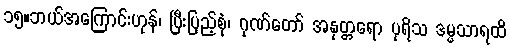
၁၅။ဘယ်အကြောင်းဟုန်၊ ပြီးပြည့်စုံ၊ ဂုဏ်တော် အနုတ္တရော ပုရိသ ဒမ္မသာရထိ